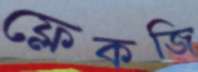
ফ্লেকজি